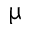
\upmu